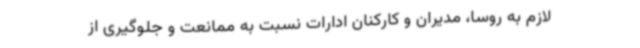
لازم به روسا، مدیران و کارکنان ادارات نسبت به ممانعت و جلوگیری از